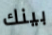
بينك